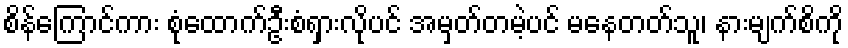
စိန်ကြောင်ကား စုံထောက်ဦးစံရှားလိုပင် အမှတ်တမဲ့ပင် မနေတတ်သူ၊ နားမျက်စိကို